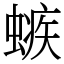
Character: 螏